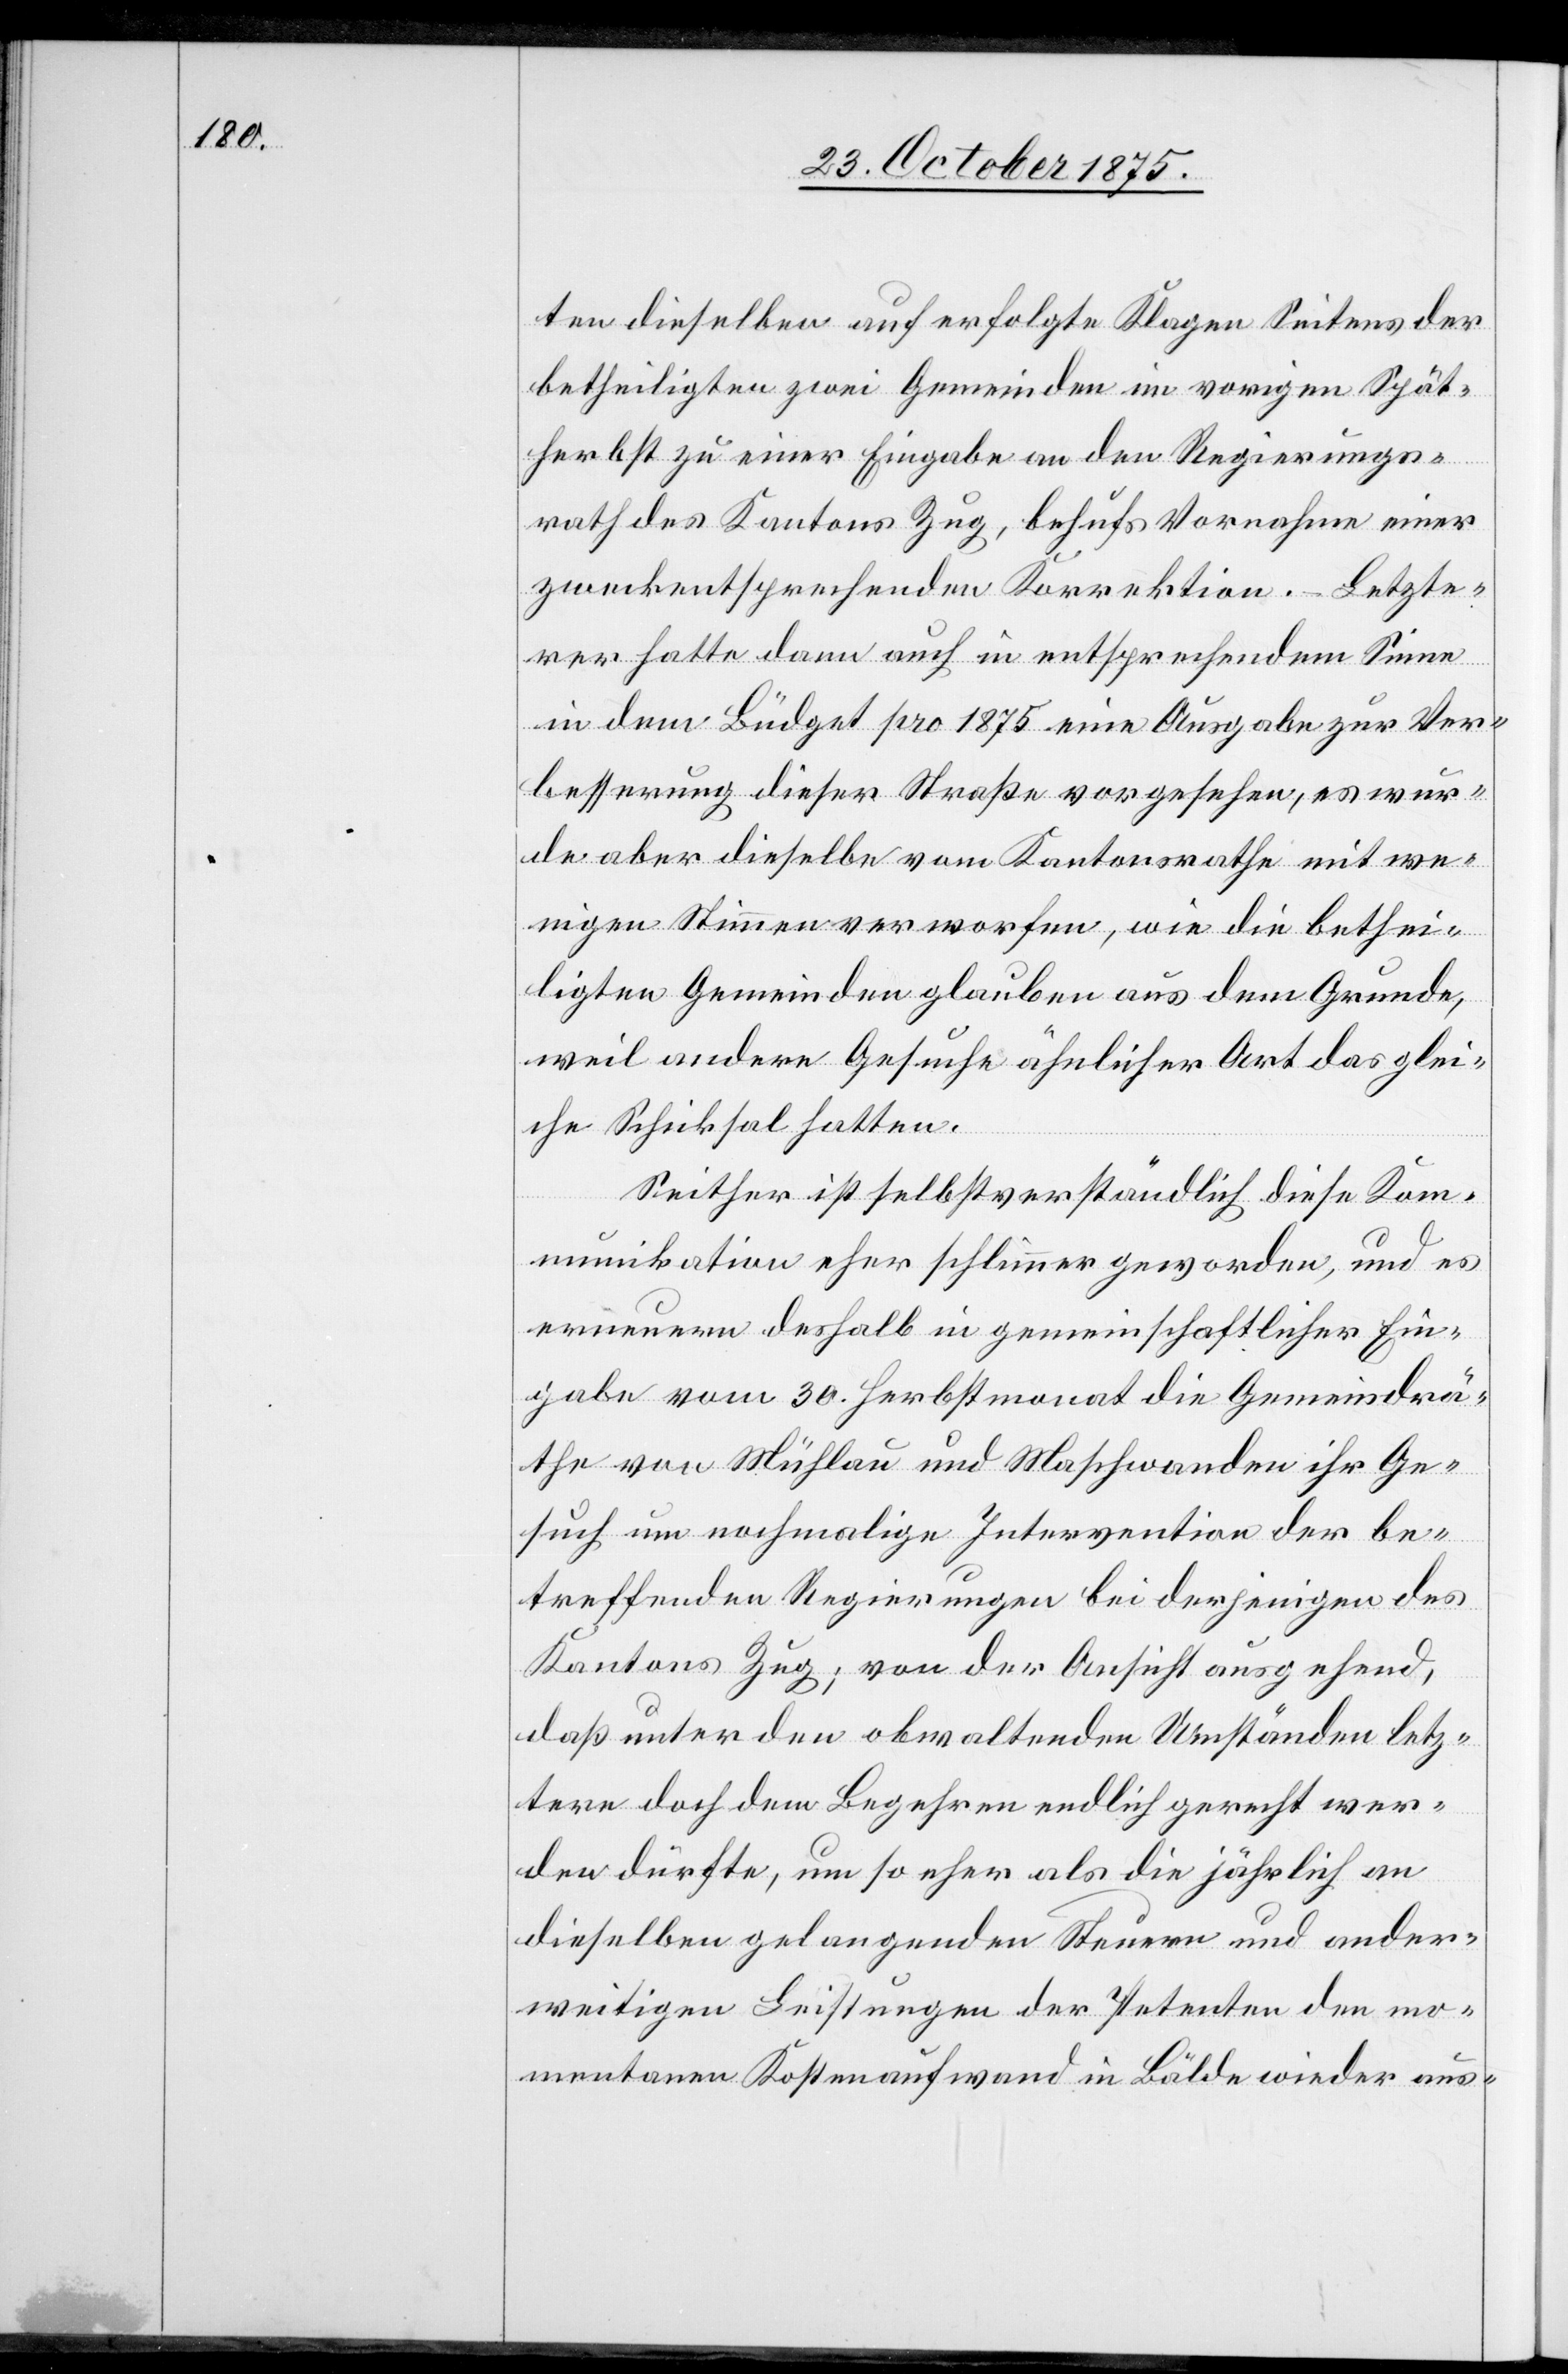
ten dieselben auf erfolgte Klagen Seitens der
betheiligten zwei Gemeinden im vorigen Spät¬
herbst zu einer Eingabe an den Regierungs¬
rath des Kantons Zug, behufs Vornahme einer
zweckentsprechenden Korrektion. – Letzte¬
rer hatte dann auch in entsprechendem Sinne
in dem Büdget pro 1875 eine Ausgabe zur Ver¬
besserung dieser Straße vorgesehen, es wur¬
de aber dieselbe vom Kantonsrathe mit we¬
nigen Stimmen verworfen, wie die bethei¬
ligten Gemeinden glauben[,] aus dem Grunde,
weil andere Gesuche ähnlicher Art das glei¬
che Schicksal hatten.
Seither ist selbstverständlich diese Kom¬
munikation eher schlimmer geworden, und es
erneuern deshalb in gemeinschaftlicher Ein¬
gabe vom 30. Herbstmonat die Gemeindrä¬
the von Mühlau und Maschwanden ihr Ge¬
such um nochmalige Intervention der be¬
treffenden Regierungen bei derjenigen des
Kantons Zug; von der Ansicht ausgehend,
daß unter den obwaltenden Umständen letz¬
tere doch dem Begehren endlich gerecht wer¬
den dürfte, um so eher als die jährlich an
dieselben gelangenden Steuern und ander¬
weitigen Leistungen der Petenten den mo¬
mentanen Kostenaufwand in Bälde wieder aus-